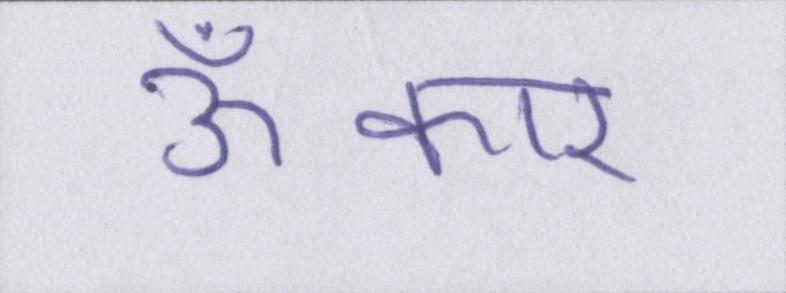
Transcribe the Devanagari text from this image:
ॐकार